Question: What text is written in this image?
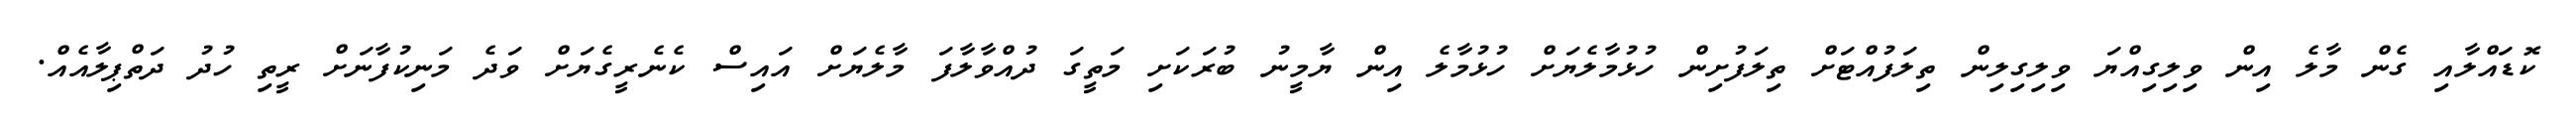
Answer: ކޮޑައްލާއި ގެން މާލެ އިން ވިލިގިއްޔަ ވިލިގިލިން ތިލަފުއްޓަށް ތިލަފުށިން ހުޅުމާލެޔަށް ހުޅުމާލެ އިން ޔާމީނު ބުރަކަށި މަތީގަ ދުއްވާލާފަ މާލެޔަށް އައިސް ކެނެރީގެޔަށް ވަދެ މަނިކުފާނަށް ރީތި ހުދު ދަތްޕިލާއެއް.